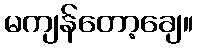
မကျန်တော့ချေ။